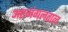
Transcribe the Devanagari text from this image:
अष्टमंगलताल